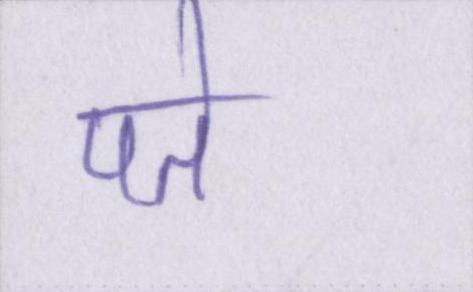
पते